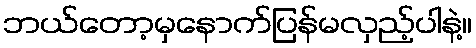
ဘယ်တော့မှနောက်ပြန်မလှည့်ပါနဲ့။